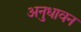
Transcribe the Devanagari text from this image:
अनुधावन